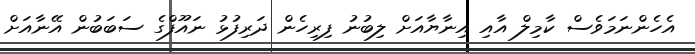
އެހެންނަމަވެސް ކާމިލް އާއި އިނާޔާއަށް ލިބުނު ފިރިހެން ދަރިފުޅު ނައޫފްގެ ސަބަބުން އޭނާއަށް